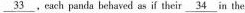
\underline { 3 3 } , each panda behaved as if their \underline { 3 4 } in the